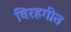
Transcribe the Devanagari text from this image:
विरहगीत